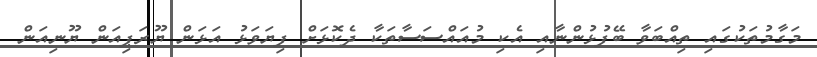
މަގާމުތަކުގައި ތިއްބަވާ ބޭފުޅުންނާއި އެކި މުއައްސަސާތަކާ ދެކޮޅަށް ފިޔަވަޅު އަޅަން ޔޫރަޕިއަން ޔޫނިއަން